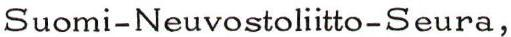
Suomi-Neuvostoliitto-Seura,